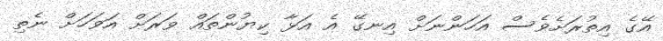
އޭގެ އިތުރަށެވެސް އަހަންނަށް އިނގޭ އެ އަޅާ ކިޔުންތައް ވަރަށް އަވަހަށް ނެތި